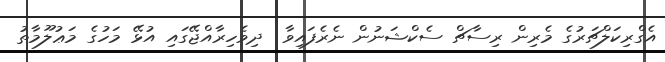
އެގްރިކަލްޗަރުގެ މެރިން ރިސާޗް ސެކްޝަނުން ނެރެފައިވާ  ދިވެހިރާއްޖޭގައި އުޅޭ މަހުގެ މަޢުލޫމާތު